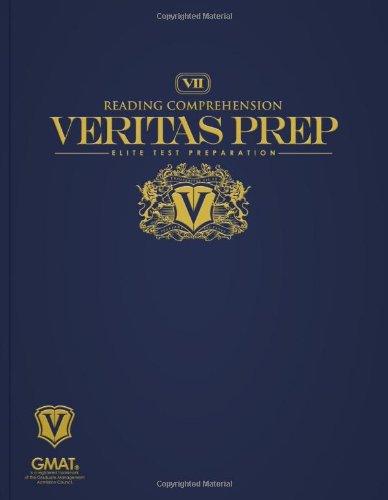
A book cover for Reading Comprehension (Veritas Prep GMAT Series); Veritas Prep; Test Preparation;